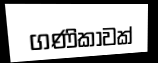
ගණිකාවක්